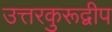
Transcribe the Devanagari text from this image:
उत्तरकुरूद्वीप